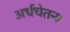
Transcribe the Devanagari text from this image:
अर्धचेतना